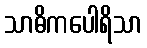
သာဓိကပေါရိသာ